Subject: cs
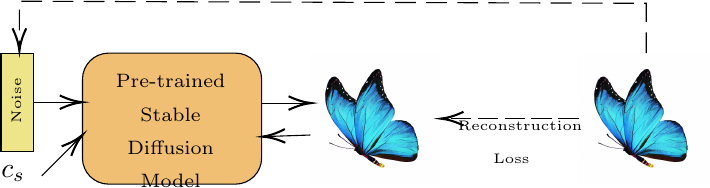
LaTeX code:
            \begin{tikzpicture}[x=0.75pt,y=0.75pt,yscale=-1,xscale=1]
            \draw  [fill={rgb, 255:red, 238; green, 228; blue, 137 }  ,fill opacity=1 ] (28.14,40) -- (43.83,40) -- (43.83,87.35) -- (28.14,87.35) -- cycle ;
            \draw  [fill={rgb, 255:red, 241; green, 191; blue, 115 }  ,fill opacity=1 ] (67.38,52.63) .. controls (67.38,45.65) and (73.03,40) .. (80,40) -- (141.07,40) .. controls (148.04,40) and (153.7,45.65) .. (153.7,52.63) -- (153.7,90.51) .. controls (153.7,97.48) and (148.04,103.13) .. (141.07,103.13) -- (80,103.13) .. controls (73.03,103.13) and (67.38,97.48) .. (67.38,90.51) -- cycle ;
            \draw    (43.83,63.67) -- (65.38,63.67) ;
            \draw [shift={(67.38,63.67)}, rotate = 180] [color={rgb, 255:red, 0; green, 0; blue, 0 }  ][line width=0.75]    (10.93,-3.29) .. controls (6.95,-1.4) and (3.31,-0.3) .. (0,0) .. controls (3.31,0.3) and (6.95,1.4) .. (10.93,3.29)   ;
            \draw    (47.76,99.19) -- (65.97,80.88) ;
            \draw [shift={(67.38,79.46)}, rotate = 134.84] [color={rgb, 255:red, 0; green, 0; blue, 0 }  ][line width=0.75]    (10.93,-3.29) .. controls (6.95,-1.4) and (3.31,-0.3) .. (0,0) .. controls (3.31,0.3) and (6.95,1.4) .. (10.93,3.29)   ;
            \draw (208.63,71.57) node  {\includegraphics[width=47.08pt,height=47.35pt]{2791_sec_Images_ButterImg.jpg}};
            \draw    (153.7,64.07) -- (175.63,64.07) ;
            \draw [shift={(177.63,64.07)}, rotate = 180] [color={rgb, 255:red, 0; green, 0; blue, 0 }  ][line width=0.75]    (10.93,-3.29) .. controls (6.95,-1.4) and (3.31,-0.3) .. (0,0) .. controls (3.31,0.3) and (6.95,1.4) .. (10.93,3.29)   ;
            \draw    (177.24,79.46) -- (156.09,80.18) ;
            \draw [shift={(154.09,80.25)}, rotate = 358.05] [color={rgb, 255:red, 0; green, 0; blue, 0 }  ][line width=0.75]    (10.93,-3.29) .. controls (6.95,-1.4) and (3.31,-0.3) .. (0,0) .. controls (3.31,0.3) and (6.95,1.4) .. (10.93,3.29)   ;
            \draw (338.11,71.57) node  {\includegraphics[width=47.08pt,height=47.35pt]{2791_sec_Images_ButterImg.jpg}};
            \draw  [dash pattern={on 7.5pt off 2.25pt}]  (306.72,71.57) -- (242.02,71.57) ;
            \draw [shift={(240.02,71.57)}, rotate = 360] [color={rgb, 255:red, 0; green, 0; blue, 0 }  ][line width=0.75]    (10.93,-3.29) .. controls (6.95,-1.4) and (3.31,-0.3) .. (0,0) .. controls (3.31,0.3) and (6.95,1.4) .. (10.93,3.29)   ;
            \draw  [dash pattern={on 7.5pt off 3.75pt}]  (339,40) -- (339,16) -- (37,15) -- (37,37) ;
            \draw [shift={(37,39)}, rotate = 270] [color={rgb, 255:red, 0; green, 0; blue, 0 }  ][line width=0.75]    (10.93,-3.29) .. controls (6.95,-1.4) and (3.31,-0.3) .. (0,0) .. controls (3.31,0.3) and (6.95,1.4) .. (10.93,3.29)   ;

            \draw (27,93) node [anchor=north west][inner sep=0.75pt]   [align=left] {$c_s$};
            \draw (247,60) node [anchor=north west][inner sep=0.75pt]   [align=left] {\begin{minipage}[lt]{38.76pt}\setlength\topsep{0pt}
            \begin{center}
            {\tiny Reconstruction }\\{\tiny Loss}
            \end{center}

            \end{minipage}};
            \draw (72.32,49) node [anchor=north west][inner sep=0.75pt]   [align=left] {\begin{minipage}[lt]{54.4pt}\setlength\topsep{0pt}
            \begin{center}
            {\scriptsize Pre-trained }\\{\scriptsize Stable Diffusion}\\{\scriptsize Model}
            \end{center}

            \end{minipage}};
            \draw (32,75) node [anchor=north west][inner sep=0.75pt]  [rotate=-270] [align=left] {{\tiny Noise}};
            \end{tikzpicture}